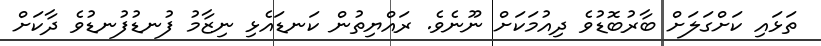
ތަޅައި ކަށްގަލަށް ބާރުބޮޑުވެ ދިއުމަކަށް ނޫނެވެ. ރައްޔިތުން ކަނޑައެޅި ނިޒާމު ފުނޑުފުނޑުވެ ދާކަށް